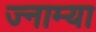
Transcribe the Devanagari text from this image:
ज्नाम्या